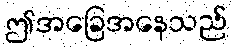
ဤအခြေအနေသည်